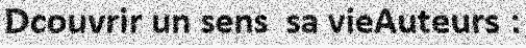
Dcouvrir un sens  sa vieAuteurs :